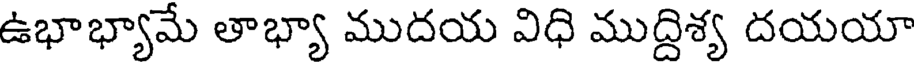
ఉభాభ్యామే తాభ్యా ముదయ విధి ముద్దిశ్య దయయా